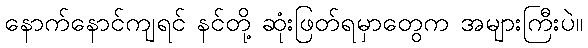
နောက်နောင်ကျရင် နင်တို့ ဆုံးဖြတ်ရမှာတွေက အများကြီးပဲ။